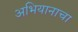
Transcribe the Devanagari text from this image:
अभियानाचा